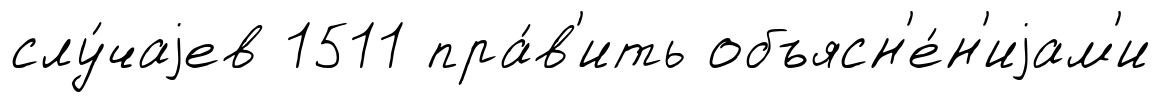
слу́чаjев 1511 пра́в'ить объясн'е́н'иjам'и